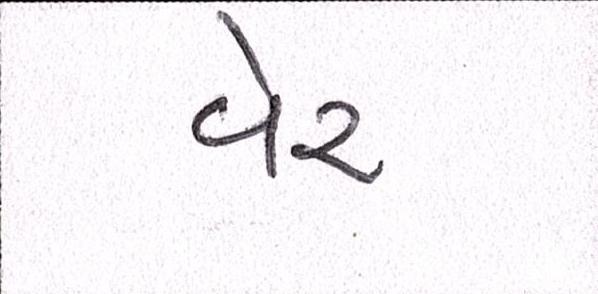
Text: વેર